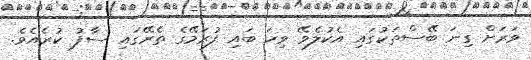
ވަރަށް ގިނަ ބޭސްތަކުގައި އެކުލެވޭ ވިހަ ބައި ފުރަމޭގެ ތެރޭގައި ސާފު ކުރެއެވެ.